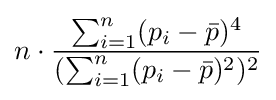
n\cdot {\frac {\sum _{i=1}^{n}(p_{i}-{\bar {p}})^{4}}{(\sum _{i=1}^{n}(p_{i}-{\bar {p}})^{2})^{2}}}